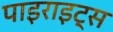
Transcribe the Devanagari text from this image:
पाइराइट्स